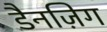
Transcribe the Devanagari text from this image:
डैनज़िग